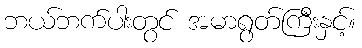
ဘယ်ဘက်ပါးတွင် အမာရွတ်ကြီးနှင့်။